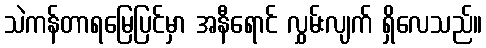
သဲကန်တာရမြေပြင်မှာ အနီရောင် လွှမ်းလျက် ရှိလေသည်။